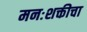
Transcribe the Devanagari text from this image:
मनःशक्तीचा